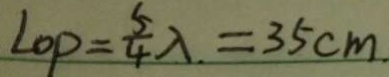
L _ { O P } = \frac { 5 } { 4 } \lambda = 3 5 c m